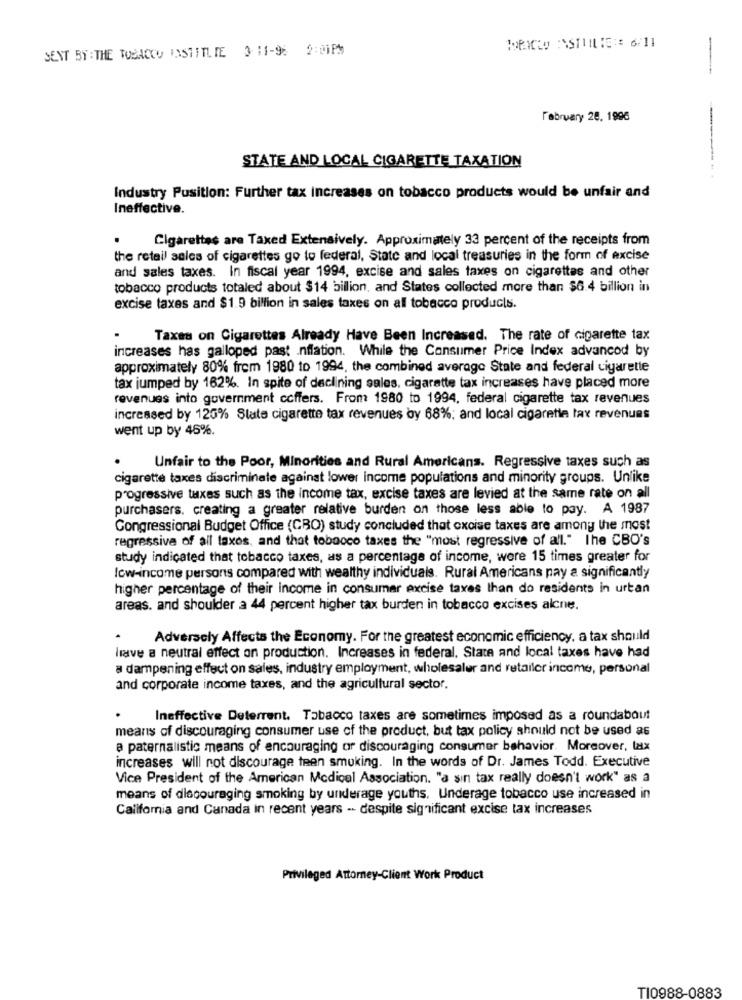
SENT BY : THE TOBACCO INSTITUTE 3- 11-96 2:01PM
--
February 28. 1996
STATE AND LOCAL CIGARETTE TAXATION
Industry Position: Further tax increases on tobacco products would be unfair and
Ineffective.
Cigarettes are Taxed Extensively. Approximately 33 percent of the receipts from
the retail sales of cigarettes go to federal, State and local treasuries in the form of excise
and sales taxes. In fiscal year 1994, excise and sales taxes on cigarettes and other
tobacco products totaled about $14 billion, and States collected more than $6.4 billion in
excise taxes and $1.9 billion in sales taxes on all tobacco products.
Taxes on Cigarettes Already Have Been Increased. The rate of cigarette tax
increases has galloped past .nffation. While the Consumer Price Index advancod by
approximately 80% from 1980 to 1994, the combined average State and federal cigarette
tax jumped by 162%. In spite of declining sales, cigarette tax increases have placed more
revenues into government coffers. From 1980 to 1994, federal cigarette tax revenues
increased by 125% State cigarette tax revenues by 68%: and local cigarette tax revenues
went up by 46%.
Unfair to the Poor, Minorities and Rural Americans. Regressive taxes such as
cigarette taxes discriminate against lower income populations and minority groups. Unlike
progressive tuxes such as the income tax, excise taxes are levied at the same rate on all
purchasers. creating a greater relative burden on those less able to pay. A 1987
Congressional Budget Office (CRO) study concluded that cxoise taxes are among the most
regressive of all taxes, and that tobacco taxes the "most regressive of all." The CBO's
study indicated that tobacco taxes, as a percentage of income, were 15 times greater for
Icw-income persons compared with wealthy individuals. Rural Americans pay a significantly
higher percentage of their income in consumar excise taxes than do residents in urtan
areas. and shoulder a 44 percent higher tax burden in tobacco excises alcne.
Adversely Affects the Economy. For the greatest economic efficiency, a tax should
leave a neutral effect on production. Increases in federal, State and local taxes have had
a dampening effect on sales, industry employment, wholesaler and retailer income, personal
and corporate income taxes, and the agricultural sector.
Ineffective Deterrent. Tabacco taxes are sometimes imposed as a roundabout
means of discouraging consumer use of the product, but tax policy should not be used as
a paternalistic means of encouraging or discouraging consumer behavior. Moreover, lax
increases will not discourage teen smoking. In the words of Dr. James Todd. Executive
Vice President of the American Medical Association. "a sin tax really doesn't work" as a
means of discouraging smoking by underage youths. Underage tobacco use increased in
California and Canada in recent years - despite significant excise tax increases
Privileged Attorney-Client Work Product
TI0988-0883